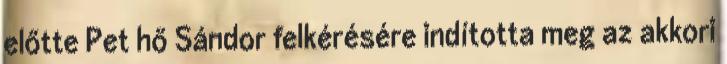
előtte Pet hő Sándor felkérésére indította meg az akkori